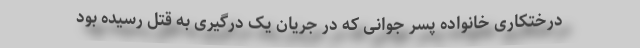
درختکاری خانواده پسر جوانی که در جریان یک درگیری به قتل رسیده بود